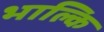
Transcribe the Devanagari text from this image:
भाल्कि